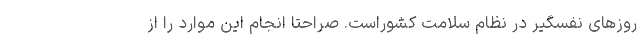
روزهای نفسگیر در نظام سلامت کشوراست. صراحتاً انجام این موارد را از